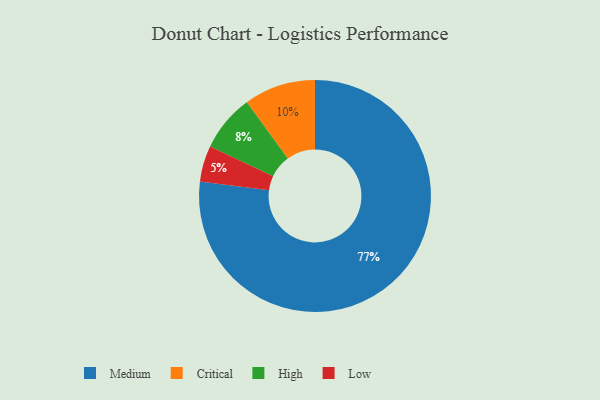
{"axis": {"x": "Category", "y": "Percentage"}, "legend": ["Critical", "High", "Low", "Medium"], "data": [{"x": "Critical", "y": 10, "type": "Critical"}, {"x": "High", "y": 8, "type": "High"}, {"x": "Low", "y": 5, "type": "Low"}, {"x": "Medium", "y": 77, "type": "Medium"}]}